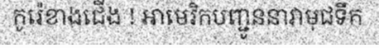
កូរ៉េខាងជើង ! អាមេរិកបញ្ជូននាវាមុជទឹក